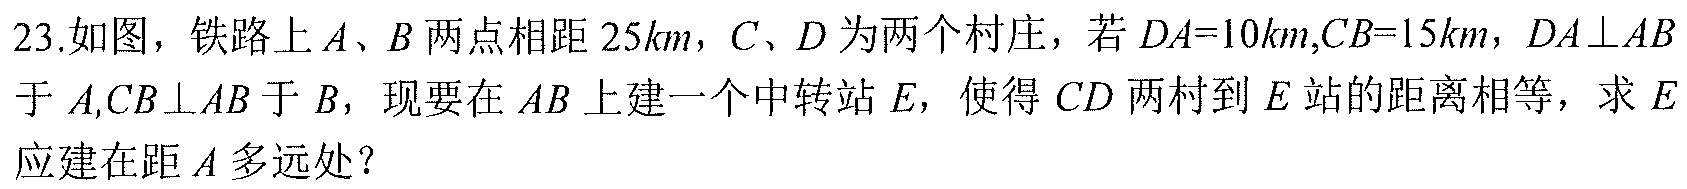
23.如图，铁路上\(A\)、\(B\)两点相距\(25km\)，\(C\)、\(D\)为两个村庄，若\(DA = 10km\)，\(CB = 15km\)，\(DA\perp AB\)于\(A\)，\(CB\perp AB\)于\(B\)，现要在\(AB\)上建一个中转站\(E\)，使得\(CD\)两村到\(E\)站的距离相等，求\(E\)应建在距\(A\)多远处？